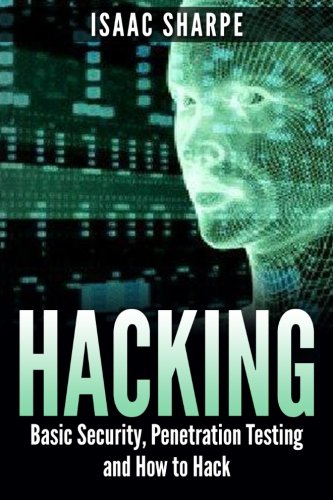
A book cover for Hacking: Basic Security, Penetration Testing and How to Hack; Isaac Sharpe; Engineering & Transportation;